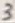
Text: 3